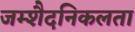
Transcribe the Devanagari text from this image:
जम्‍शैदनिकलता